Report on vaccination in Madras 1895-1903 - 1895-1903
Year: 1895
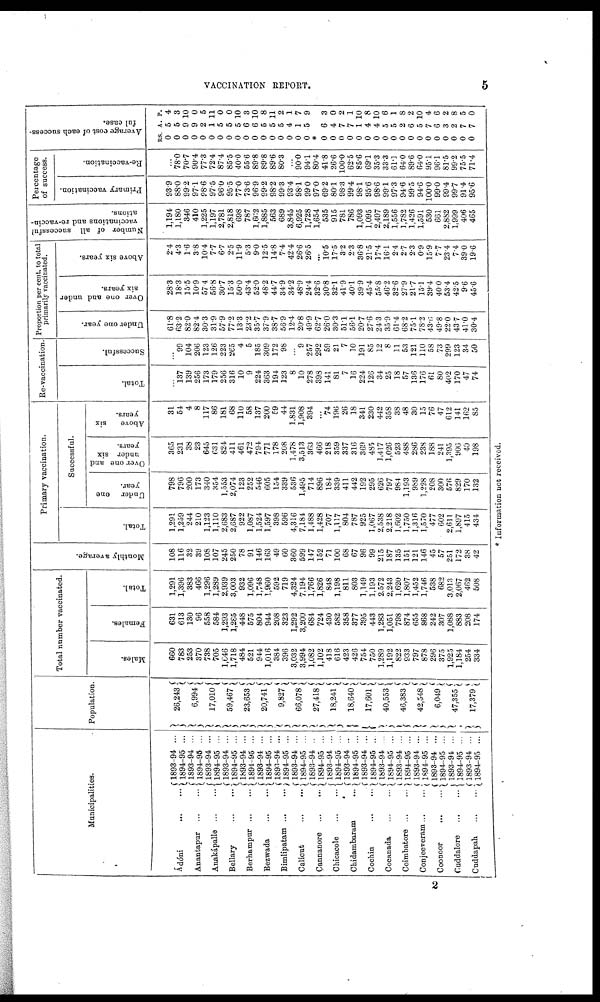
VACCINATION REPORT.
5
Municipalities.
Ádóni
...
...
Anantapur
...
...
Anakápalle
...
...
Bellary
...
...
Berhampur...
...
Bezwada
...
...
Bimlipatam ... ...
Calicut
...
...
Cannanore
...
...
Chicacole
...
...
Chidambaram ...
Cochin
...
...
Cocanada ... ...
Coimbatore ... ...
Conjeeveram... ...
Coonoor
...
...
Cuddalore
...
...
Cuddapah
...
...
1893-94 ...
1894-95 ...
1893-94 ...
1894-95 ...
1893-94 ...
1894-95 ...
1893-94 ...
1894-95 ...
1893-94 ...
1894-95 ...
1893-94 ...
1894-95 ...
1893-94 ...
1894-95 ...
1893-94 ...
1894-95 ...
1893-94 ..
1894-95 ...
1893-94 ...
1894-95 ...
1893-94 ..
1894-95 ...
1893-94 ...
1894-95 ...
1893-94 ...
1894-95 ...
1893-94 ...
1894-95 ...
1893-94 ...
1894-95 ...
1893-94 ...
1894-95 ...
1893-94 ...
1894-95 ...
1893-94 ...
1894-95 ...
Population.
26,243
6,994
17,010
59,467
23,653
20,741
9,827
66,078
27,418
18,241
18,640
17,601
40,553
46,383
42,548
6,049
47,355
17,379
Total number vaccinated.
Males.
660
783
253
370
738
705
1,646
1,718
484
521
944
1,016
384
396
3,032
3,994
1,082
1,102
418
616
423
426
754
750
1,289
1,192
822
933
797
878
296
375
1,925
1,184
254
334
Females.
631
613
130
96
558
584
1,293
1,285
448
575
804
944
208
323
1,292
3,200
684
724
430
582
358
377
395
443
1,283
1,051
798
874
655
868
242
307
1,088
883
208
174
Total.
1,291
1,396
383
466
1,296
1,289
2,939
3,003
932
1,096
1,748
1,960
592
719
4,324
7,194
1,766
1,826
848
1,198
811
803
1,149
1,193
2,572
2,243
1,620
1,807
1,452
1,746
538
682
3,013
2,067
462
508
Monthly average.
108
116
32
39
108
107
245
250
78
91
146
163
49
60
360
599
147
152
71
100
68
67
96
99
215
187
135
151
121
146
45
57
251
172
38
42
Primary vaccination.
Total.
1,291
1,259
244
210
1,123
1,110
2,683
2,687
922
1,087
1,524
1,597
398
596
4,316
7,184
1,488
1,428
707
1,117
804
787
925
1,067
2,538
2,218
1,602
1,750
1,316
1,570
477
602
2,611
1,897
415
434
Successful.
Under one
year.
798
796
200
173
340
354
1,553
2,074
123
252
546
605
154
339
536
1,495
714
896
184
339
411
442
192
295
626
797
984
1,193
989
1,228
208
300
576
829
170
132
Over one and
under six
years.
365
231
38
23
645
681
824
411
461
472
794
771
178
208
1,478
3,513
303
466
218
359
337
316
369
485
1,417
1,026
523
488
286
238
188
241
1,395
900
40
198
Above
six
years.
31
54
4
8
117
86
181
68
110
58
137
200
59
44
1,831
1,908
394
...
74
196
26
18
341
230
442
358
38
48
30
15
76
47
612
141
162
85
Re-vaccination.
Total.
...
137
139
256
173
179
256
316
10
9
224
363
194
123
8
10
278
398
141
81
7
16
224
126
34
25
18
57
136
176
61
80
402
170
47
74
Successful.
...
99
104
206
123
126
223
265
4
5
185
309
172
98
...
9
257
292
59
21
7
10
191
85
12
8
11
53
121
110
58
73
299
123
34
50
Proportion per cent. to total
primarily vaccinated.
Under one year.
61.8
63.2
82.0
82.4
30.3
31.9
57.9
77.2
13.3
23.2
35.7
37.9
38.7
56.9
12.4
20.8
49.9
62.7
26.0
30.3
51.1
56.1
20.7
27.6
24.3
35.9
61.4
68.2
75.1
78.2
43.6
49.8
22.0
43.7
41.0
30.4
Over one and under
six years.
28.3
18.3
15.5
10.9
57.4
56.8
30.7
15.3
50.0
43.4
52.0
48.2
44.7
34.9
34.2
48.9
24.4
32.6
30.8
32.1
41.9
40.1
39.9
45.4
55.8
46.2
32.6
27.9
21.7
15.1
39.4
40.0
53.4
42.5
9.6
45.6
Above six years.
2.4
4.3
1.6
3.8
10.4
7.7
6.7
2.5
11.9
5.3
9.0
12.5
14.8
7.4
42.4
26.6
26.5
...
10.5
17.5
3.2
2.3
36.8
21.5
17.4
16.1
2.4
2.7
2.3
0.9
15.9
7.7
23.4
7.4
39.0
19.6
Number of all successful
vaccinations and re-vaccin-
ations.
1,194
1,180
346
410
1,225
1,197
2,781
2,818
698
787
1,662
1,885
563
689
3,845
6,925
1,728
1,654
535
915
781
786
1,093
1,095
2,497
2,189
1,556
1,782
1,426
1,591
530
661
2,882
1,999
406
465
Percentage
of success.
Primary vaccination.
93.9
88.0
99.2
97.1
98.6
97.5
96.0
95.5
77.0
73.6
96.9
99.2
98.2
99.3
93.4
98.1
99.0
97.0
69.2
80.1
98.3
99.4
98.1
95.6
98.6
99.1
97.3
94.6
99.5
94.6
100.0
99.0
99.4
99.7
91.4
95.6
Re-vaccination.
...
78.0
70.7
90.4
77.3
72.4
87.4
85.5
40.0
55.6
89.8
89.8
89.6
80.3
...
90.0
94.1
80.4
41.8
26.6
100.0
62.5
85.6
69.1
35.3
33.3
61.1
64.0
89.6
64.0
95.1
96.1
81.5
99.2
75.5
71.4
Average cost of each success-
ful case.
RS.
0
0
0
0
0
0
0
0
0
0
0
0
0
0
0
0
0
A.
5
5
9
9
2
1
5
5
5
6
6
5
5
5
4
1
5
P.
4
3
10
0
5
11
0
0
10
3
10
8
11
2
1
7
9
*
0
0
0
0
0
0
0
0
0
0
0
0
0
0
0
0
0
0
6
4
7
7
1
4
4
5
5
2
6
5
7
6
3
2
7
7
3
0
2
1
10
8
10
6
1
8
2
10
4
6
2
8
5
0
* Information not received.
2